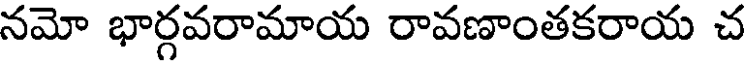
నమో భార్గవరామాయ రావణాంతకరాయ చ